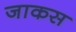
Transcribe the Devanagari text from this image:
जाकस